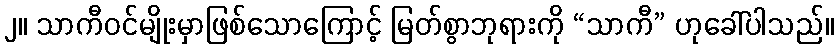
၂။ သာကီဝင်မျိုးမှာဖြစ်သောကြောင့် မြတ်စွာဘုရားကို “သာကီ” ဟုခေါ်ပါသည်။